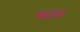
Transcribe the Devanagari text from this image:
चढ़ाक्र